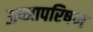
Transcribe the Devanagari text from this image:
ऊष्मापरिषण